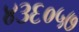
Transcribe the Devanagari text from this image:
४३६०५७